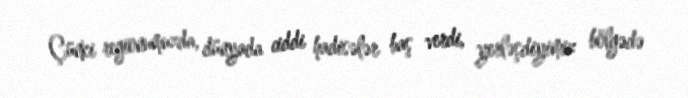
Çünki regionumuzda, dünyada ciddi hadisələr baş verdi, yerləşdiyimiz bölgədə